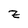
Character: z